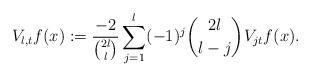
LaTeX: \begin{align*}V_{l,t}f (x):=\frac{-2}{\binom{2l}{l}} \sum_{j=1}^l (-1)^j\binom{2l}{l-j} V_{jt} f(x).\end{align*}